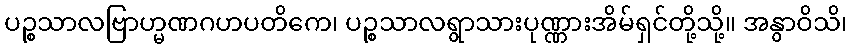
ပဉ္စသာလဗြာဟ္မဏဂဟပတိကေ၊ ပဉ္စသာလရွာသားပုဏ္ဏားအိမ်ရှင်တို့သို့။ အနွာဝိသိ၊